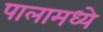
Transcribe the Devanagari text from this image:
पालामध्ये